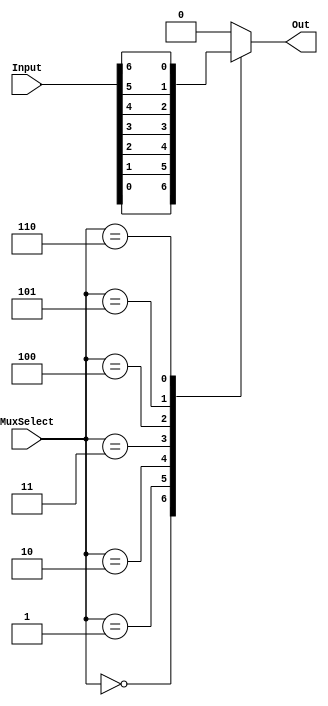
// code for part 1 

module part1(MuxSelect, Input, Out);
    // 7 TO 1 MUX 
    input [2:0] MuxSelect;
    input [6:0] Input;
    output Out;
    reg Out;
    
    always @(*) begin 
        case (MuxSelect[2:0]) 
        3'b000: Out = Input[0];
        3'b001: Out = Input[1]; 
        3'b010: Out = Input[2]; 
        3'b011: Out = Input[3]; 
        3'b100: Out = Input[4]; 
        3'b101: Out = Input[5]; 
        3'b110: Out = Input[6]; 
        default: Out = 0; // don't care 
        // default case so as to ensure all cases are covered
        endcase 
    end
endmodule